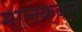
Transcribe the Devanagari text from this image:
मालकवल